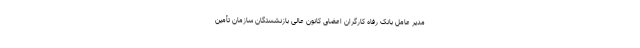
مدیر عامل بانک رفاه کارگران اعضای کانون عالی بازنشستگان سازمان تأمین